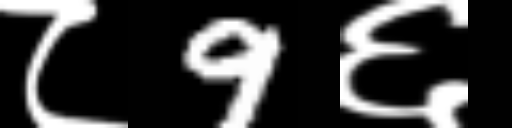
Text: ८9६